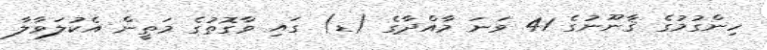
ހިންގުމުގެ ޤާނޫނުގެ 41 ވަނަ މާއްދާގެ (ޑ) ގައި ވާގޮތުގެ މަތީން އެކުލަވާލާ